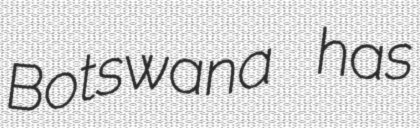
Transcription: Botswana has